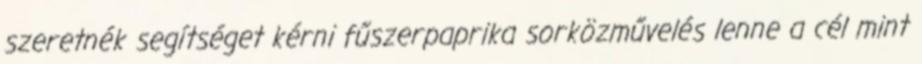
szeretnék segítséget kérni fűszerpaprika sorközművelés lenne a cél mint